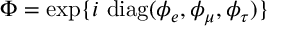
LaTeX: \Phi = \exp \{ i ~ \mathrm { d i a g } ( \phi _ { e } , \phi _ { \mu } , \phi _ { \tau } ) \}